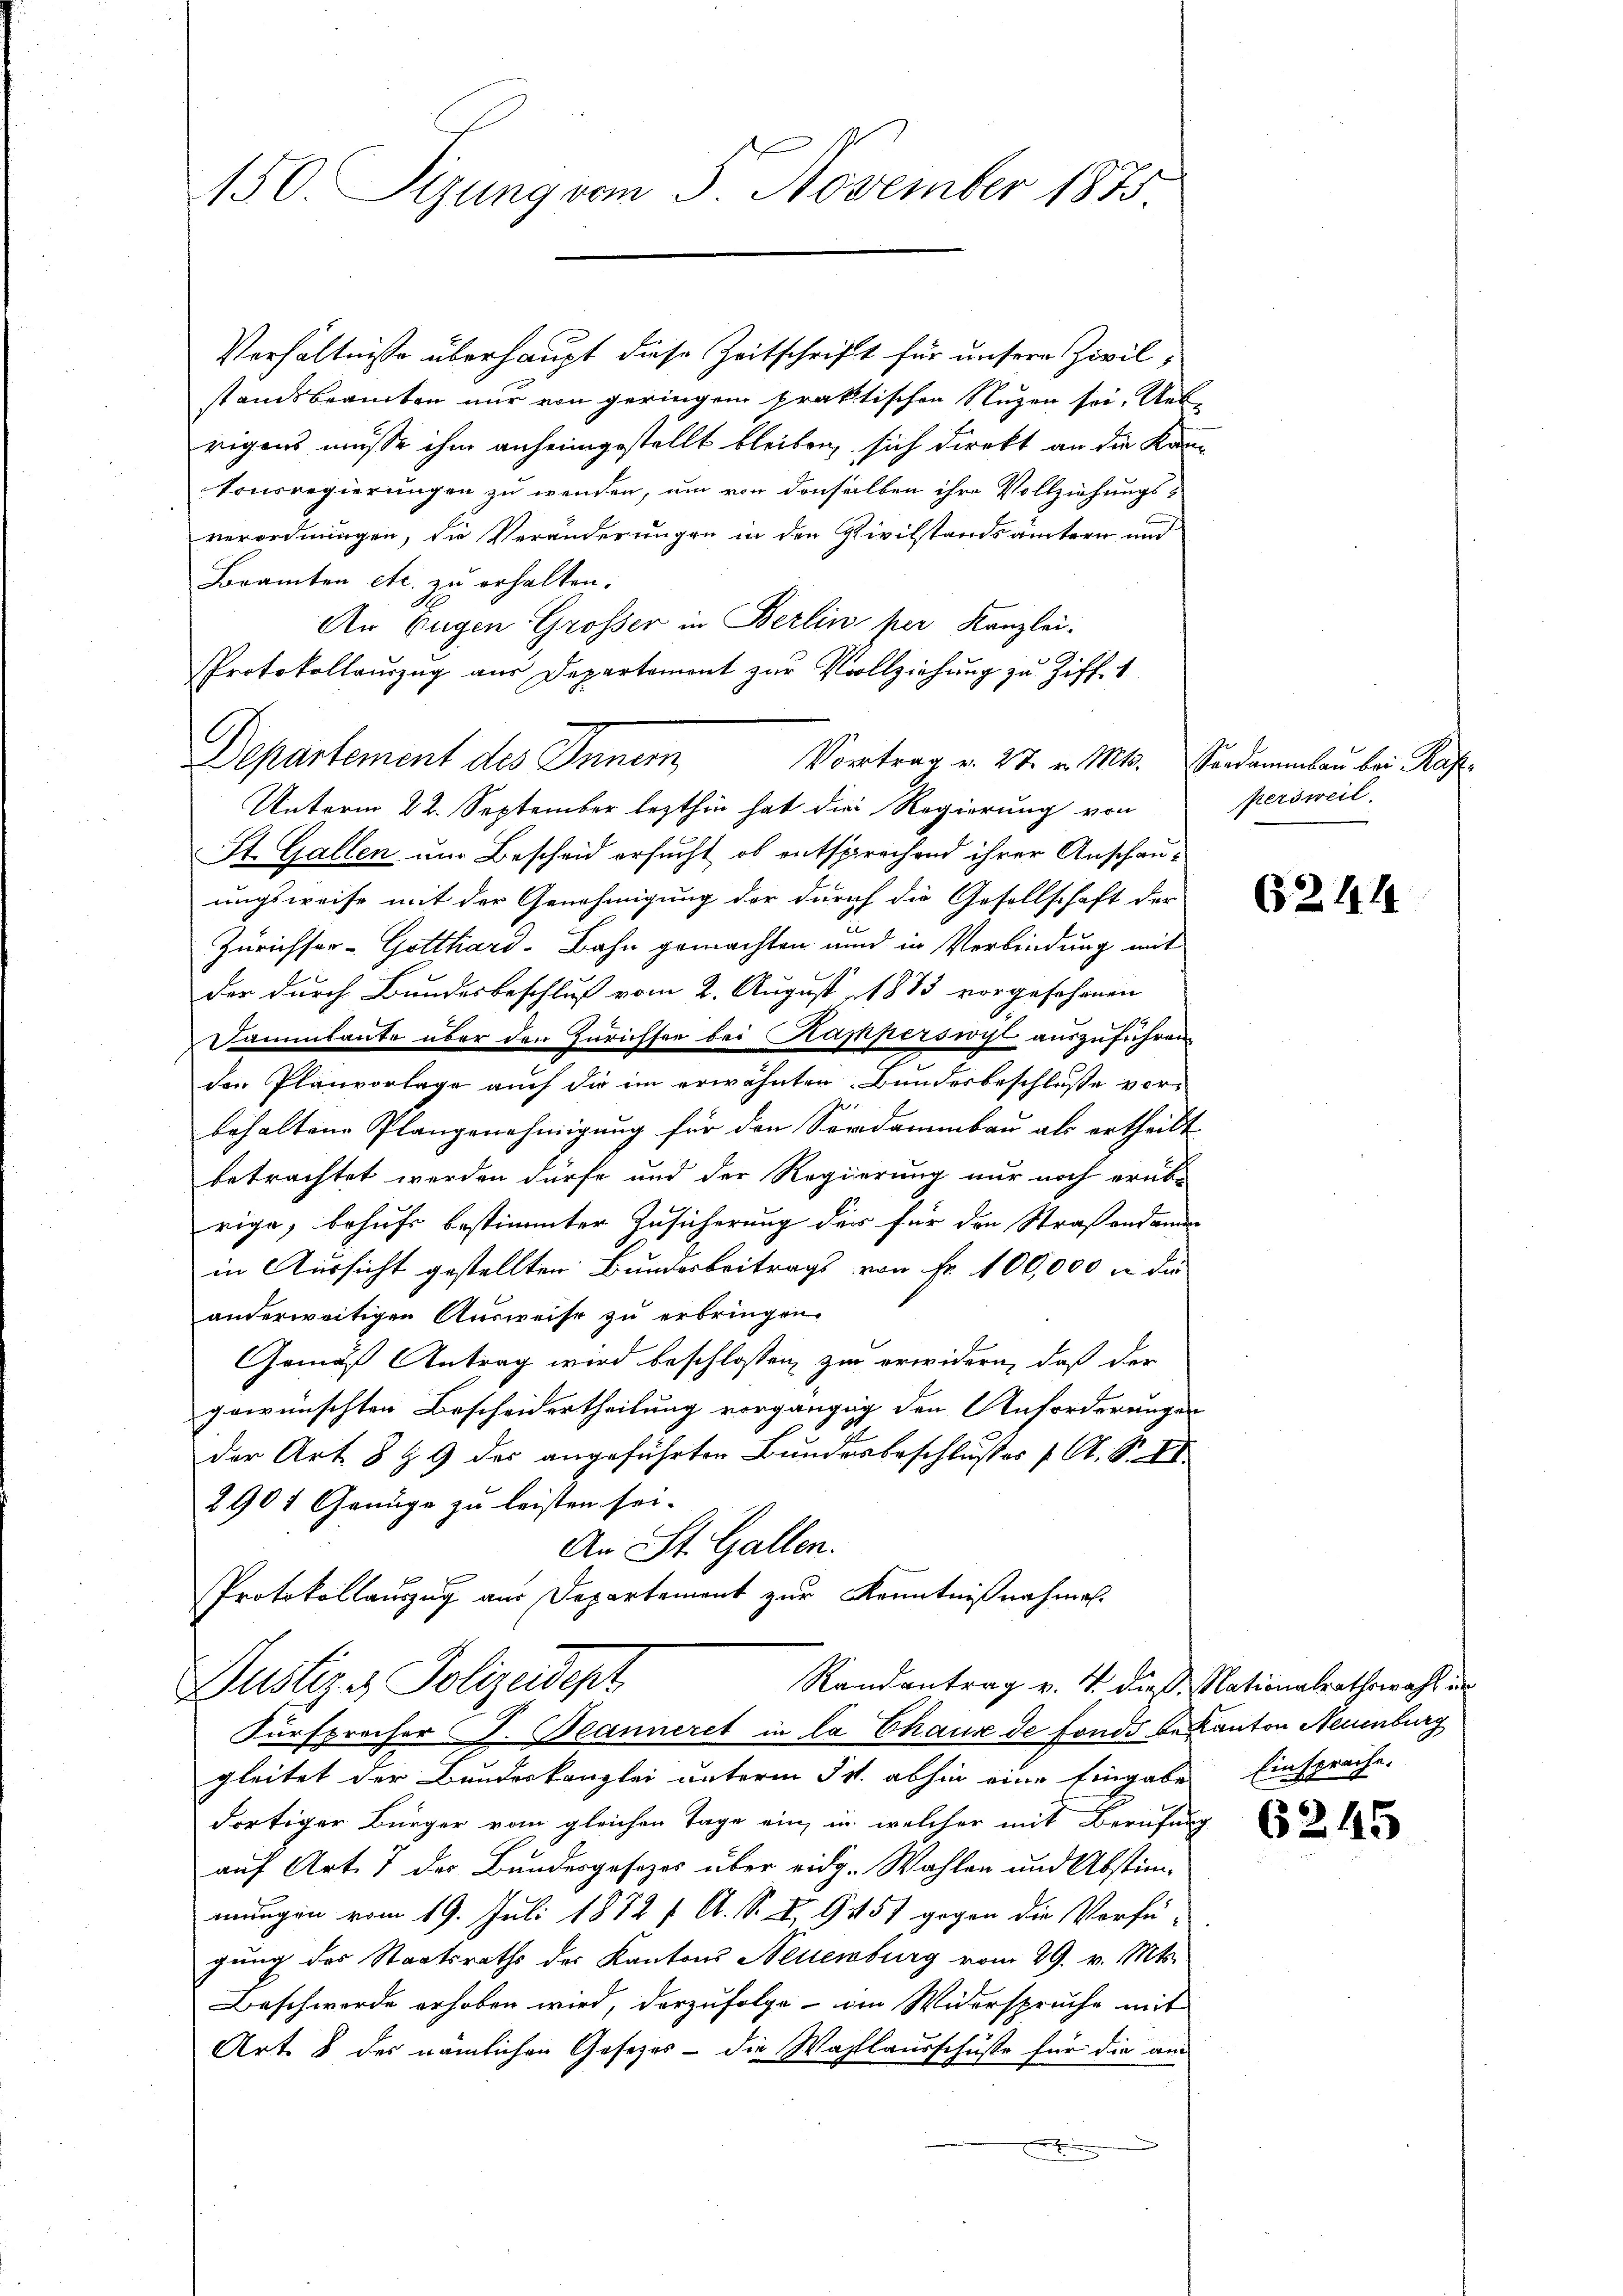
150. Sizung vom 5. November 1875.

Verhältnisse überhaupt diese Zeitschrift für unsere Zivilstandsbeamten nur von geringen praktischen Nuzen sei. Ueb
rigens müsse ihm anheimgestellt bleiben, sich direkt an die Kantonsregierungen zu wenden, um von denselben ihre Vollziehungs-
verordnungen, die Veränderungen in den Civilstandsämtern und
Beamten etc. zu erhalten.
An Eugen Großer in Berlin per Kanzlei-
Protokollaŭszŭg aŭs Departement zŭr Vollziehŭng zu Ziff. 1
Unterm 22. September lezthin hat die Regierung von
St. Gallen um Bescheid ersucht, ob entsprechend ihrer Anschauungsweise mit der Genehmigung der durch die Gesellschaft der
Zürichser- Gotthard-Bahn gemachten und in Verbindung mit
der durch Bundesbeschluß vom 2. August 1885 vorgefahrnen
Dammbaute über den Zürichter bei Kapperswocht auszuführen
den Planvorlage auch die im erwähnten Bundesbeschluße vorbehaltene Plangenehmigung für den Serdammbau als ertheilt
betrachtet werden dürfe und der Regierung nur noch erübrige, behufs bestimmter Zusicherung der für den Straßendamm
in Aussicht gestellten Bundesbeitrags von Fr. 100,000 u die
anderweitigen Ausweise zu erbringen.
Gemäß Antrag wird beschlossen zu erwidern, daß der
gewünschten Bescheidertheilung vorgängig den Anforderunge
der Art. 8 § 9 des angeführten Bundesbeschlusses A. S.
2901 Genüge zu leisten sei.
An St. Gallen.
Protokollauszug aus Departement zur Kenntnißnahmen.

Departement des Innern Vortrag v. 27. v. Mts. Standammbau bei Raths¬

Randantrag v. 4. dieß Nationalrathswahl un
Justiz & Polizeidept
Fürsprecher J. Beanneret in la Chaux de fonds bekanton Neuenburg

gleitet der Bundeskanzlei unterm 31. abhin eine Eingabe Einspreche.
dortiger Bürger vom gleichen Tage ein, in welcher mit Berufung
auf Art. 7 der Bundesgesezes über eidg. Wahlen und Abstim-
mungen vom 19. Juli 1882 f. A. S. S. 9157 gegen die Verfü-
gung des Staatsraths des Kantons Neuenburg vom 29. v. Mts.
Beschwerde erhoben wird, derzufolge von Widerspruche mit
Art. 8 des nämlichen Gesetzes - die Wahllausschüße für die am

persweil

6244

6245